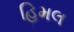
હિમલ